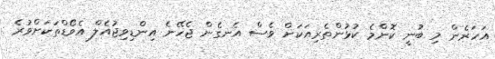
އަހަރެން މި ބުނީ ކޮންމެ ކުޅުންތެރިއަކަށް ވެސް އެނގެން ޖެހޭނެ އިންޑިވިޖުއެލް އެވޯޑްތަކަށްވުރެ